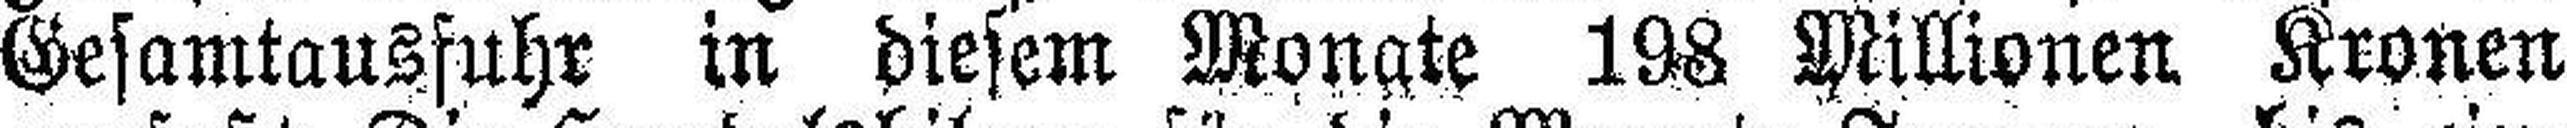
Gesamtausfuhr in diesem Monate 198 Millionen Kronen